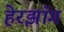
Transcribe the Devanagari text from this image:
हेरझॉग